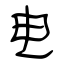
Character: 电